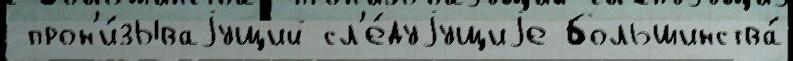
 прон'и́зываjущий сл'е́дуjущиjе большинства́